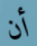
أن